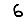
Digit: 6